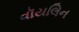
વૉયલિન